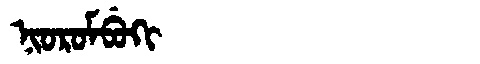
Manchu: ᠨᡳᠣᡵᠣᠮᠪᡠᡴᡳ
Romanization: NIOROMBUKI